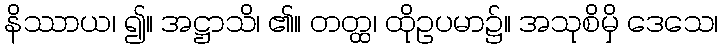
နိဿာယ၊ ၍။ အဋ္ဌာသိ၊ ၏။ တတ္ထ၊ ထိုဥပမာ၌။ အသုစိမှိ ဒေသေ၊